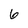
Character: 6